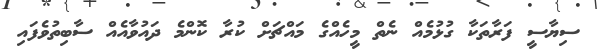
ސިޔާސީ ފަރާތަކާ ގުޅުމެއް ނެތް މީހެއްގެ މައްޗަށް ކުރާ ކޮންމެ ދައުވާއެއް ސާބިތުވެފައި